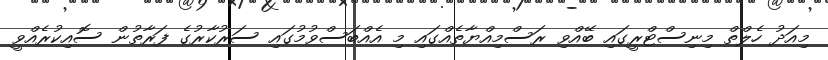
މިއަދު ހެލްތް މިނިސްޓްރީގައި ބޭއްވި ރަސްމިއްޔާތެއްގައި މި އެއްބަސްވުމުގައި ސަރުކާރުގެ ފަރާތުން ސޮއިކުރެއްވީ